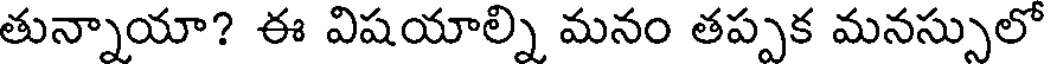
తున్నాయా? ఈ విషయాల్ని మనం తప్పక మనస్సులో